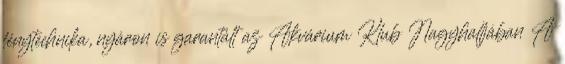
fénytechnika, nyáron is garantált az Akvárium Klub Nagyhalljában A